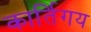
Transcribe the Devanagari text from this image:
कार्तिगय